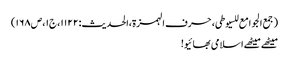
(جمع الجوامع للسیوطی،حرف الہمزۃ،الحدیث:۱۱۲۲،ج۱،ص۱۶۸)
میٹھے میٹھے اسلامی بھائیو!